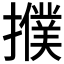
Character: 𢷏